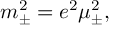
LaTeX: m _ { \pm } ^ { 2 } = e ^ { 2 } \mu _ { \pm } ^ { 2 } ,